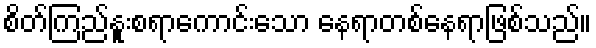
စိတ်ကြည်နူးစရာကောင်းသော နေရာတစ်နေရာဖြစ်သည်။